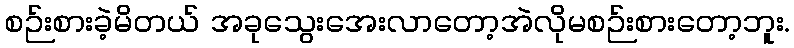
စဉ်းစားခဲ့မိတယ် အခုသွေးအေးလာတော့အဲလိုမစဉ်းစားတော့ဘူး.